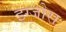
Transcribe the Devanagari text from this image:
इग्जोरा